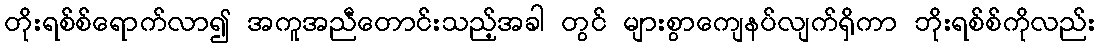
တိုးရစ်စ်ရောက်လာ၍ အကူအညီတောင်းသည့်အခါ တွင် များစွာကျေနပ်လျက်ရှိကာ ဘိုးရစ်စ်ကိုလည်း